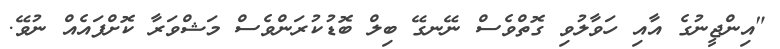
"އިންޖީނުގެ އާއި ހަވާލުވި ގޮތްވެސް ނޭނގޭ ބިލް ބޮޑުކުރަންވެސް މަޝްވަރާ ކޮށްފައެއް ނުވޭ.